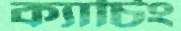
ক্যাচিং